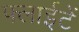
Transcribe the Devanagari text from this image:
फ्लाईटें